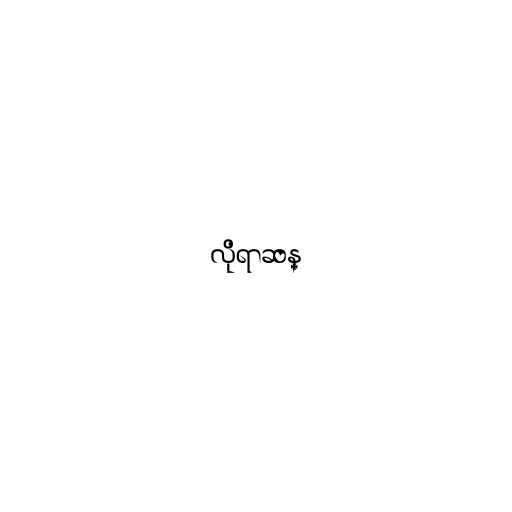
လိုရာဆန္